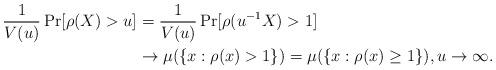
LaTeX: \begin{align*} \frac{1}{V(u)} \Pr[ \rho(X) > u ] &= \frac{1}{V(u)} \Pr[ \rho(u^{-1} X) > 1 ] \\ &\to \mu ( \{ x : \rho(x) > 1 \} ) = \mu( \{ x : \rho(x) \ge 1 \} ), u \to \infty.\end{align*}